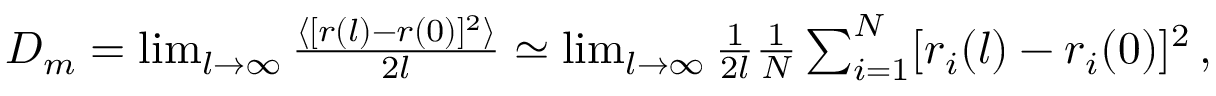
\begin{array} { r } { D _ { m } = \operatorname* { l i m } _ { l \to \infty } \frac { \langle [ r ( l ) - r ( 0 ) ] ^ { 2 } \rangle } { 2 l } \simeq \operatorname* { l i m } _ { l \to \infty } \frac { 1 } { 2 l } \frac { 1 } { N } \sum _ { i = 1 } ^ { N } [ r _ { i } ( l ) - r _ { i } ( 0 ) ] ^ { 2 } \, , } \end{array}